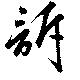
訴